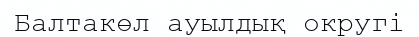
Балтакөл ауылдық округі